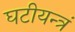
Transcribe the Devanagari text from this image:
घटीयन्त्रं